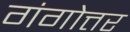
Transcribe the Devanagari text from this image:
गंगोत्तर